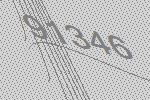
91346